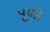
પૂળો